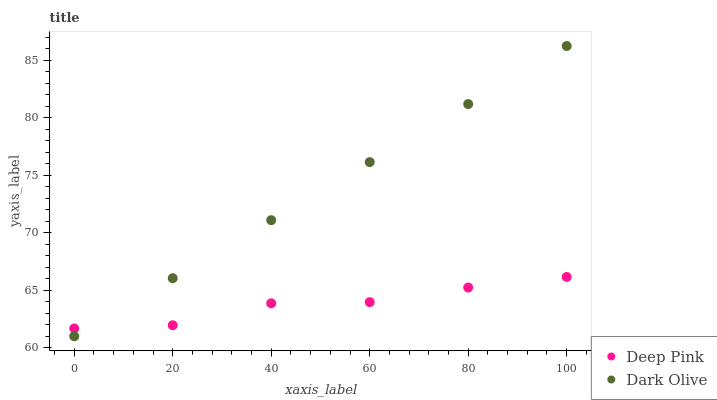
| xaxis_label | Deep Pink | Dark Olive |
 | --- | --- | --- |
 | 0 | 61.7 | 61 |
 | 20 | 62 | 66 |
 | 40 | 63.9 | 71.1 |
 | 60 | 64 | 76.1 |
 | 80 | 65.2 | 81.2 |
 | 100 | 66.2 | 86.2 |